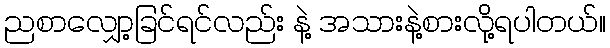
ညစာလျှော့ခြင်ရင်လည်း နဲ့ အသားနဲ့စားလို့ရပါတယ်။